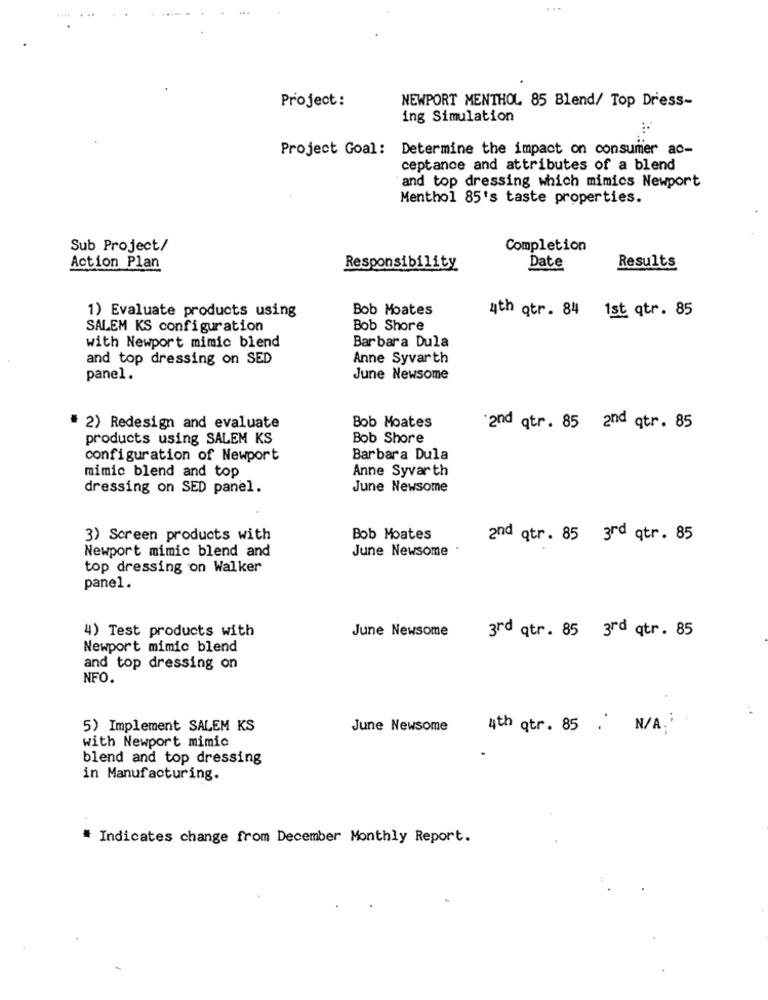
...
Project:
NEWPORT MENTHOL 85 Blend/ Top Dress-
ing Simulation
Project Goal: Determine the impact on consumer ac-
ceptance and attributes of a blend
and top dressing which mimics Newport
Menthol 85's taste properties.
Sub Project/
Completion
Date
Action Plan
Responsibility
Results
1) Evaluate products using
Bob Moates
4th qtr. 84 1st qtr. 85
SALEM KS configuration
Bob Shore
Barbara Dula
with Newport mimic blend
and top dressing on SED
Anne Syvarth
panel.
June Newsome
# 2) Redesign and evaluate
Bob Moates
and qtr. 85 2nd qtr. 85
products using SALEM KS
Bob Shore
configuration of Newport
Barbara Dula
mimic blend and top
Anne Syvar th
dressing on SED panel.
June Newsome
3) Screen products with
Bob Moates
and qtr. 85 3rd qtr. 85
Newport mimic blend and
June Newsome .
top dressing on Walker
panel.
4) Test products with
June Newsome
3rd qtr. 85 3rd qtr. 85
Newport mimic blend
and top dressing on
NFO.
5) Implement SALEM KS
June Newsome
4th qtr. 85 . N/A.
with Newport mimic
blend and top dressing
in Manufacturing.
# Indicates change from December Monthly Report.